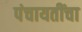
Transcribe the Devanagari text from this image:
पंचायतींचा